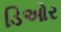
ડિઓર